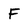
Character: F